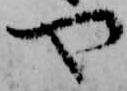
や